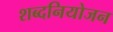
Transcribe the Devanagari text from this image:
शब्दनियोजन